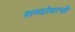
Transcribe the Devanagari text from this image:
शब्दांवरची